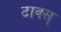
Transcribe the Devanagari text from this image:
टाक्स्